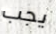
يجب